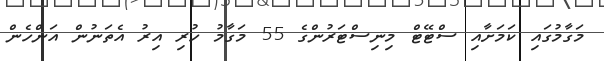
މަގާމުގައި ކަމަށާއި ސްޓޭޓް މިނިސްޓަރުންގެ 55 މަގާމު ހުރި އިރު އެތަނުން އަންހެން